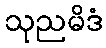
သုညမိဒံ